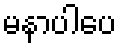
မနာပါပေ